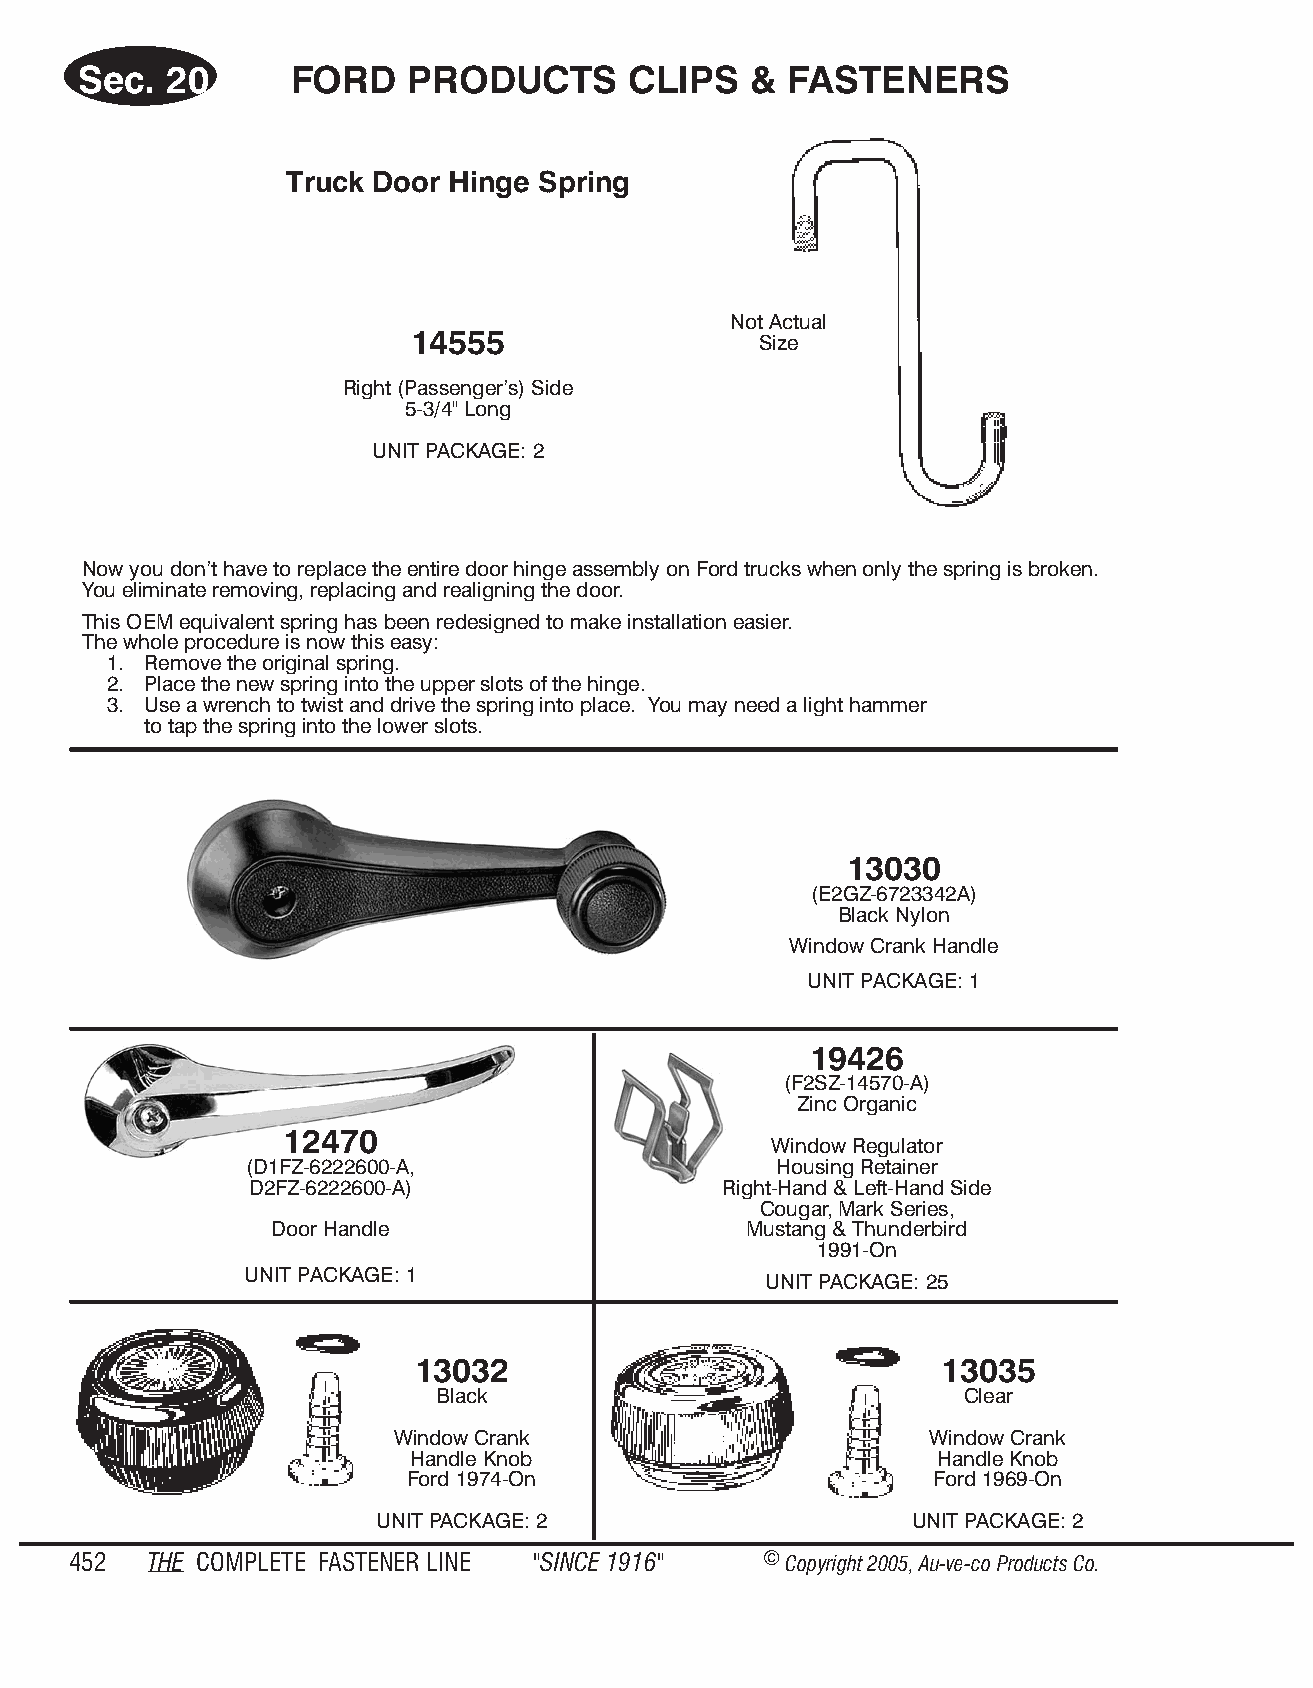
Sec.  20      FORD    PROD   UCTS    CLIPS   & FAS  TENERS
 Truck Door Hinge Spring
 Not Actual
 14555                  Size
 Right (Passenger’s) Side
 5-3/4" Long
 UNIT PACKAGE: 2
 Now you don’t have to replace the entire door hinge assembly on Ford trucks when only the spring is broken.
 You eliminate removing, replacing and realigning the door.
 This OEM equivalent spring has been redesigned to make installation easier.
 The whole procedure is now this easy:
 1. Remove the original spring.
 2. Place the new spring into the upper slots of the hinge.
 3. Use a wrench to twist and drive the spring into place. You may need a light hammer
 to tap the spring into the lower slots.
 13030
 (E2GZ-6723342A)
 Black Nylon
 Window Crank Handle
 UNIT PACKAGE: 1
 19426
 (F2SZ-14570-A)
 Zinc Organic
 12470
 Window Regulator
 (D1FZ-6222600-A,                   Housing Retainer
 D2FZ-6222600-A)                Right-Hand & Left-Hand Side
 Cougar, Mark Series,
 Door Handle                     Mustang & Thunderbird
 1991-On
 UNIT PACKAGE: 1                    UNIT PACKAGE: 25
 13032                              13035
 Black                              Clear
 Window Crank                        Window Crank
 Handle Knob                        Handle Knob
 Ford 1974-On                       Ford 1969-On
 UNIT PACKAGE: 2                     UNIT PACKAGE: 2
 452  THE COM PLETE FAST ENER LINE "SINCE 1916" © Copyr ight 2005, Au-ve-co Produ cts Co.